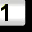
Digit: 1